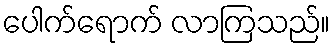
ပေါက်ရောက် လာကြသည်။